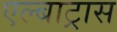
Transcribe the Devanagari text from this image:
एल्बाट्रास